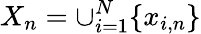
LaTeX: X_{n}=\cup_{i=1}^{N}\{ x_{i,n}\}